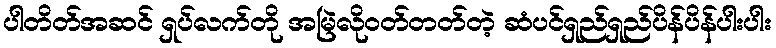
ပါတိတ်အဆင် ရှပ်လက်တို အမြဲလိုဝတ်တတ်တဲ့ ဆံပင်ရှည်ရှည်ပိန်ပိန်ပါးပါး